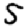
Digit: 5